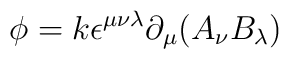
\phi= k\epsilon^{\mu\nu\lambda}\partial _\mu (A _\nu B _\lambda )